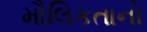
મૌલિકતાનો